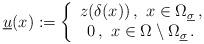
LaTeX: \begin{align*}\underline{u}(x): = \left\{\begin{array}{c} z(\delta(x))\,,\,\,x \in \Omega_{\underline{\sigma}}\,, \\ 0 \,,\,\,x \in \Omega \setminus \Omega_{\underline{\sigma}}\,. \end{array}\right.\end{align*}